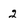
Character: 2